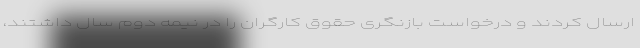
ارسال کردند و درخواست بازنگری حقوق کارگران را در نیمه دوم سال داشتند،